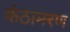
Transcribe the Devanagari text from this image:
कंठामरण